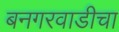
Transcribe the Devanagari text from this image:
बनगरवाडीचा